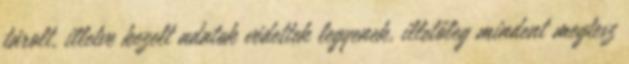
tárolt, illetve kezelt adatok védettek legyenek, illetőleg mindent megtesz